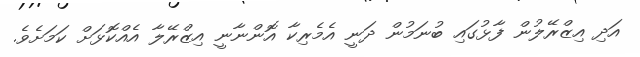
އަދި އިޒްރޭލުން ފާޅުގައި ބުނަމުން ދަނީ އެމެރިކާ އޮންނާނީ އިޒްރޭލާ އެއްކޮޅަށް ކަމަށެވެ.